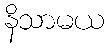
နိသာမယ